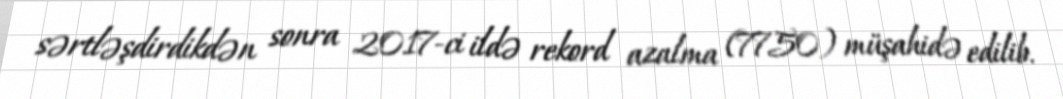
sərtləşdirdikdən sonra 2017-ci ildə rekord azalma (7750) müşahidə edilib.